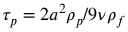
\tau _ { p } = 2 a ^ { 2 } \rho _ { p } / 9 \nu \rho _ { f }